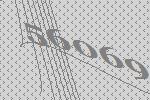
56069